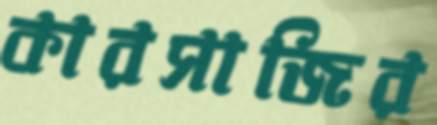
কারসাজির